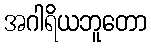
အဂါရိယဘူတော